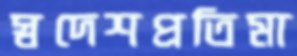
স্বদেশপ্রতিমা